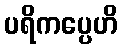
ပရိကပ္ပေဟိ